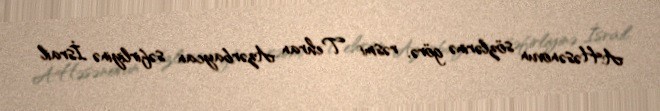
A.Həsənovun sözlərinə görə, rəsmi Tehran Azərbaycan səfirliyinə İsrail